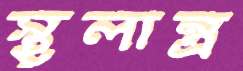
স্থূলান্ত্র